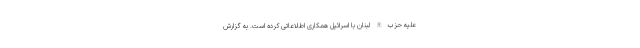
علیه حزب الله لبنان با اسرائیل همکاری اطلاعاتی کرده است. به گزارش